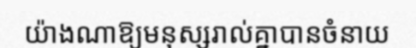
យ៉ាងណាឱ្យមនុស្សរាល់គ្នាបានចំនាយ